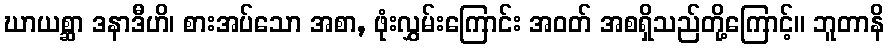
ဃာယစ္ဆာ ဒနာဒီဟိ၊ စားအပ်သော အစာ, ဖုံးလွှမ်းကြောင်း အဝတ် အစရှိသည်တို့ကြောင့်။ ဘူတာနိ